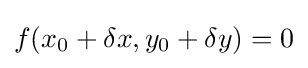
f(x_{0}+\delta x,y_{0}+\delta y)=0